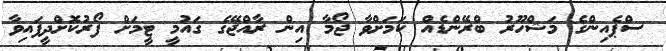
ސްޕެއިންގެ މަޝްހޫރު ބްރޭންޑެއް ކަމަށްވާ ޖޯމާ އިން ރާއްޖޭގެ ގައުމީ ޓީމަށް ފޯރުކޮށްދީފައިވާ